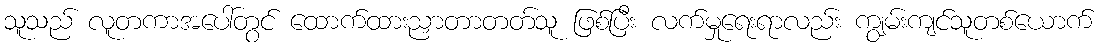
သူသည် လူတကာအပေါ်တွင် ထောက်ထားညှာတာတတ်သူ ဖြစ်ပြီး လက်မှုရေးရာလည်း ကျွမ်းကျင်သူတစ်ယောက်